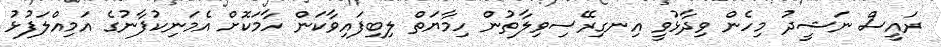
ރައީސް ނަޝީދު މިހެން ވިދާޅުވީ އިނގިރޭސިވިލާތުން ހިމާޔަތް ލިބިފައިވާކަން ހާމަކޮށް އެމަނިކުފާނުގެ އަމިއްލަފުޅު